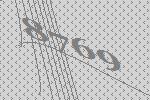
8769